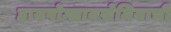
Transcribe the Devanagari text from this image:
हायपोग्लायसेमियाची